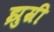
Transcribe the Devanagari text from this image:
झुम्री